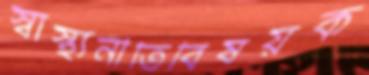
স্বাস্থ্যনীতিবিষয়ক